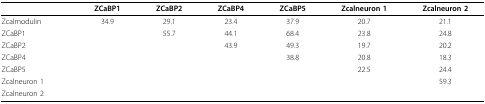
<table><thead><tr><td></td><td><b>ZCaBP1</b></td><td><b>ZCaBP2</b></td><td><b>ZCaBP4</b></td><td><b>ZCaBP5</b></td><td><b>Zcalneuron 1</b></td><td><b>Zcalneuron 2</b></td></tr></thead><tbody><tr><td>Zcalmodulin</td><td>34.9</td><td>29.1</td><td>23.4</td><td>37.9</td><td>20.7</td><td>21.1</td></tr><tr><td>ZCaBP1</td><td></td><td>55.7</td><td>44.1</td><td>68.4</td><td>23.8</td><td>24.8</td></tr><tr><td>ZCaBP2</td><td></td><td></td><td>43.9</td><td>49.3</td><td>19.7</td><td>20.2</td></tr><tr><td>ZCaBP4</td><td></td><td></td><td></td><td>38.8</td><td>20.8</td><td>18.3</td></tr><tr><td>ZCaBP5</td><td></td><td></td><td></td><td></td><td>22.5</td><td>24.4</td></tr><tr><td>Zcalneuron 1</td><td></td><td></td><td></td><td></td><td></td><td>59.3</td></tr><tr><td>Zcalneuron 2</td><td></td><td></td><td></td><td></td><td></td><td></td></tr></tbody></table>